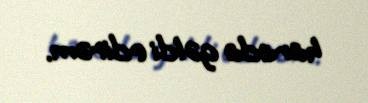
harada gəldi edirəm.